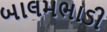
બાલમભાડી